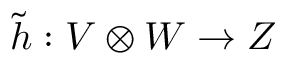
{ \tilde { h } } : V \otimes W \to Z